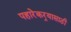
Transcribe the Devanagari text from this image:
पहारेकर्‍यासाठी